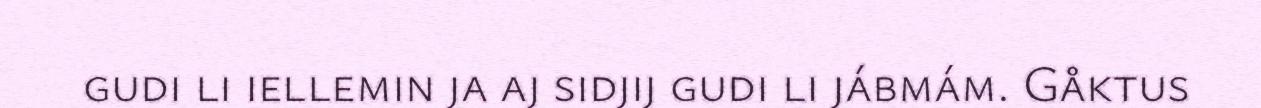
gudi li iellemin ja aj sidjij gudi li jábmám. Gåktus